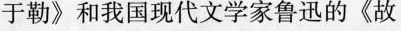
于勒》和我国现代文学家鲁迅的《故